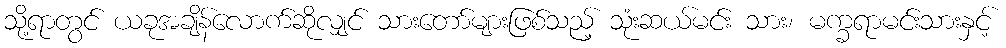
သို့ရာတွင် ယခုအချိန်လောက်ဆိုလျှင် သားတော်များဖြစ်သည့် သုံးဆယ်မင်း သား၊ မက္ခရာမင်းသားနှင့်